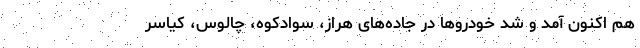
هم اکنون آمد و شد خودرو‌ها در جاده‌های هراز، سوادکوه، چالوس، کیاسر